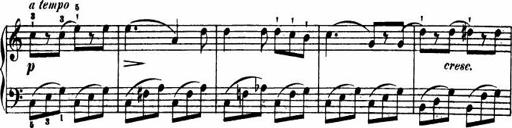
Title: Le bouquetier
Composer: Anton Diabelli
Key: G major
 C major
 F major
 C major